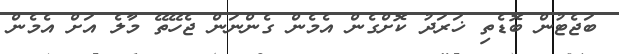
ބަޖެޓުން ބޮޑެތި ޚަރަދު ކޮށްގެން އެމެން ގެންނަން ޖެހޭތޭ މާލެ އަށް އެމެން